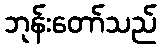
ဘုန်းတော်သည်